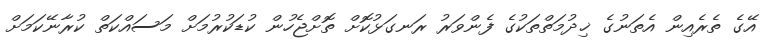
އޭގެ ތެރެއިން އެތަނުގެ ޚިދުމަތްތަކުގެ ފެންވަރު ރަނގަޅުކޮށް ތޮށްޖެހުން ކުޑަކުރުމަށް މަސައްކަތް ކުރާނޭކަމަށް